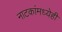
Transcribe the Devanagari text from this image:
नाटकांमध्येही